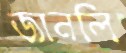
জানলি